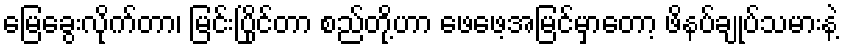
မြေခွေးလိုက်တာ၊ မြင်းပြိုင်တာ စည်တို့ဟာ ဖေဖေ့အမြင်မှာတော့ ဖိနပ်ချုပ်သမားနဲ့